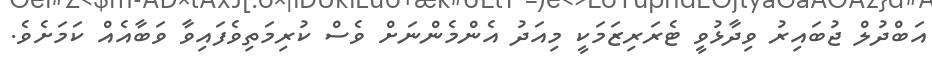
އަބްދުލް ޖުބައިރު ވިދާޅުވީ ޓެރަރިޒަމަކީ މިއަދު އެންމެންނަށް ވެސް ކުރިމަތިވެފައިވާ ވަބާއެއް ކަމަށެވެ.